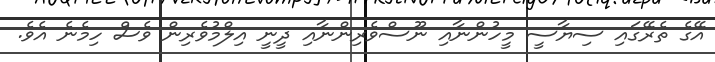
އޭގެ ތެރޭގައި ސިޔާސީ މީހުންނާއި ނޫސްވެރިންނާއި ދީނީ އިލްމުވެރިން ވެސް ހިމެނެ އެވެ.